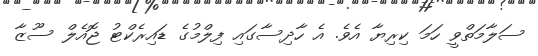
ސަލާމަތްވީ ހަމަ ކިރިޔާ އެވެ. އެ ހާދިސާގައި ފިލްމުގެ ޑައިރެކްޓު ޖޮއެލް ސޫޒާ